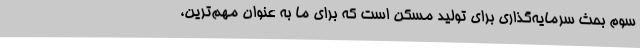
سوم بحث سرمایه‌گذاری برای تولید مسکن است که برای ما به عنوان مهم‌ترین،